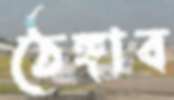
ঠেঙ্গাব